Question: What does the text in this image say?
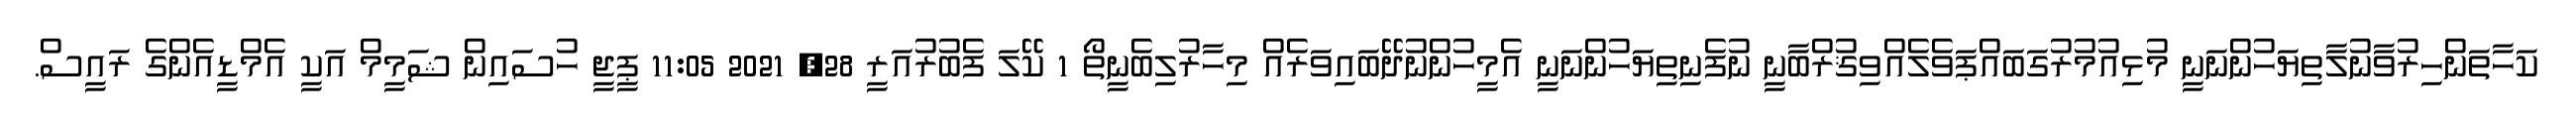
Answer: ކަހާތަންހިރުވާނުލާތިޔަހުންނަނީ މުޅިއުމުރުގަބައްޕަވެލެއްވިޤުރްބާނީ ނުފެނިތިޔަހުންނަނީ އެމީހުންނުދޭބައިވަރެއް މިހާރުލިބެނީތޯ 1 ކޭލަ ފެބުރުއަރީ 28, 2021 11:05 ޕީޖީ ހުސައިން ޝަމީމް އަކީ އެމްޑީއެންގެ ރައީސް.